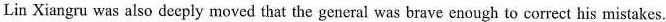
Lin Xiangru was also deeply moved that the general was brave enough to correct his mistakes.